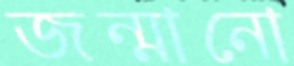
জন্মানো